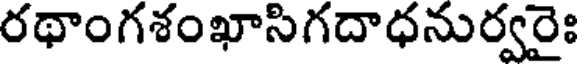
రథాంగశంఖాసిగదాధనుర్వరైః